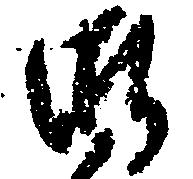
御